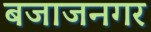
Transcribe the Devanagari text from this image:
बजाजनगर